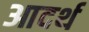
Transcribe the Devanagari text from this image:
आदर्थ